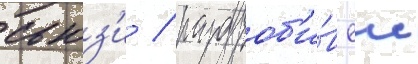
сьюз'и / раздроб'и́в еи